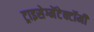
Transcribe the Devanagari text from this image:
ट्राइसेग्मेंटेक्टॉमी